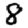
Digit: 8